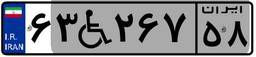
۶۳W۲۶۷۵۸